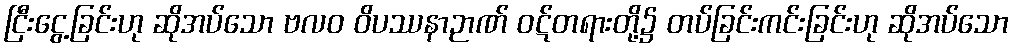
ငြီးငွေ့ခြင်းဟု ဆိုအပ်သော ဗလဝ ဝိပဿနာဉာဏ် ဝဋ်တရားတို့၌ တပ်ခြင်းကင်းခြင်းဟု ဆိုအပ်သော